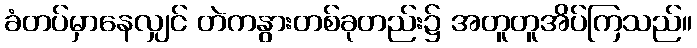
ခံတပ်မှာနေလျှင် တဲကနွားတစ်ခုတည်း၌ အတူတူအိပ်ကြသည်။